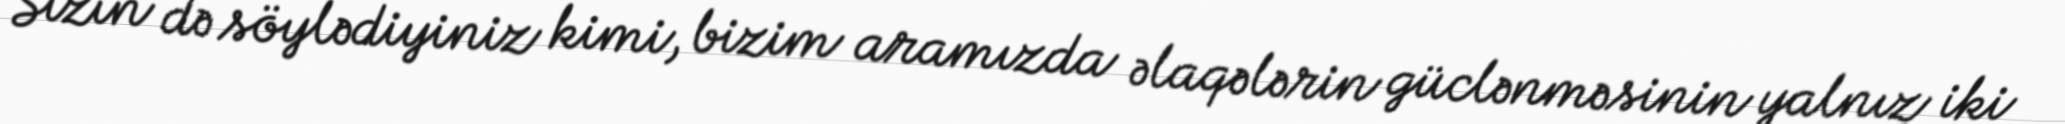
Sizin də söylədiyiniz kimi, bizim aramızda əlaqələrin güclənməsinin yalnız iki